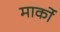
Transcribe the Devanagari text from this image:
मार्को